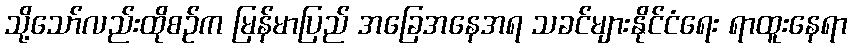
သို့သော်လည်းထိုစဉ်က မြန်မာပြည် အခြေအနေအရ သခင်များနိုင်ငံရေး ရာထူးနေရာ